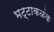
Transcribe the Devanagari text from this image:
भट्टाकळंक